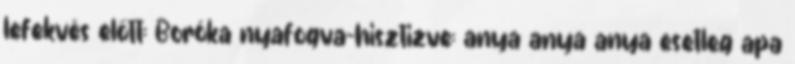
lefekvés előtt: Boróka nyafogva-hisztizve: anya anya anya esetleg apa